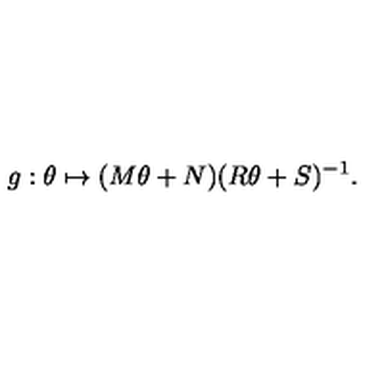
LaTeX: g : \theta \mapsto ( M \theta + N ) ( R \theta + S ) ^ { - 1 } .